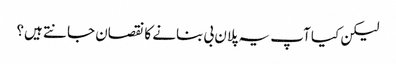
لیکن کیا آپ یہ پلان بی بنانے کا نقصان جانتے ہیں؟